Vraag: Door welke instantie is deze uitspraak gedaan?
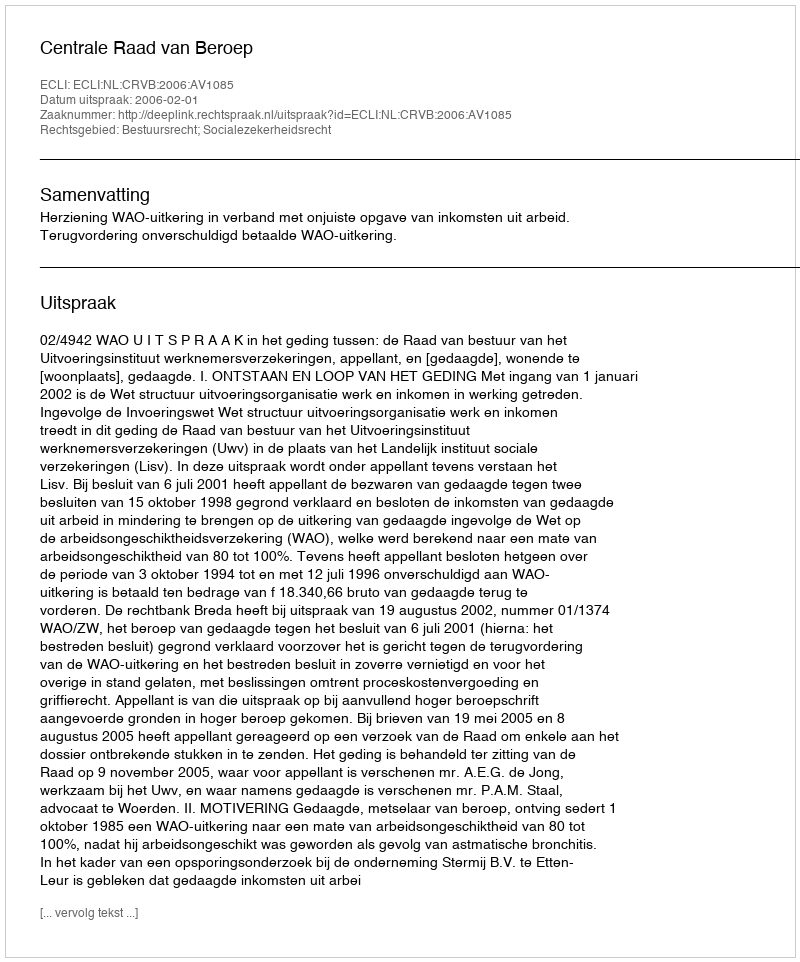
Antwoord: Centrale Raad van Beroep